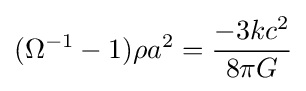
(\Omega ^{-1}-1)\rho a^{2}={\frac {-3kc^{2}}{8\pi G}}